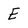
Character: E